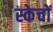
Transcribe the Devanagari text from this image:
स्केचों